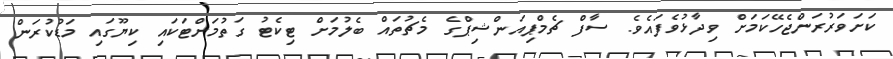
ކަށަވަރުުރަންޖެހޭކަމަށް ވިދާޅުވެފައެވެ. ސާފް ޗެމްޕިއަންޝިޕްގެ މެޗުތައް ބެލުމަށް ޓިކެޓު ގަތުމަށްޓަކައި ކިޔޫގައި މަޑުކުރަން